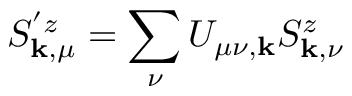
S _ { \mathbf { k } , \mu } ^ { ' z } = \sum _ { \nu } U _ { \mu \nu , \mathbf { k } } S _ { \mathbf { k } , \nu } ^ { z }